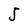
Character: 5